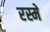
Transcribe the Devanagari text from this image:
रस्मे